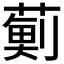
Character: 𮑊